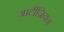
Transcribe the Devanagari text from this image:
आर्टीज़ियन